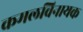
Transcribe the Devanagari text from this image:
कमलविनायक